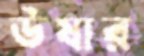
উষার